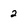
Character: 2